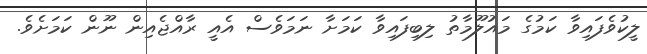
ލީކުވެފައިވާ ކަމުގެ މައުލޫމާތު ލިބިފައިވާ ކަމަށާ ނަމަވެސް އެއީ ރާއްޖެއިން ނޫން ކަމަށެވެ.